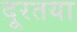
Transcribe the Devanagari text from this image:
दूरतया